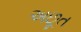
અછૂત